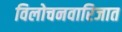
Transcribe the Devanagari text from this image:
विलोचनवारिजात